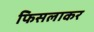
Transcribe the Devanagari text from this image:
फिसलाकर